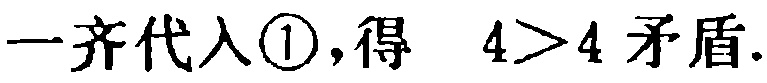
一齐代入\textcircled{1},得 \(4>4\) 矛盾.